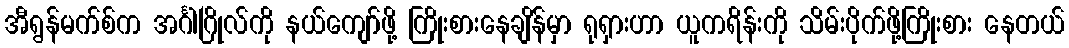
အီရွန်မက်စ်က အင်္ဂါဂြိုလ်ကို နယ်ကျော်ဖို့ ကြိုးစားနေချိန်မှာ ရုရှားဟာ ယူကရိန်းကို သိမ်းပိုက်ဖို့ကြိုးစား နေတယ်